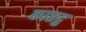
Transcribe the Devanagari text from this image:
काष्ठद्रु